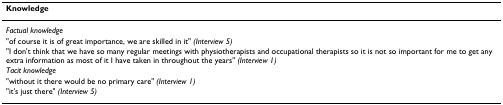
| Knowledge |
 | --- |
 | Factual knowledge |
 | "of course it is of great importance, we are skilled in it" (Interview 5) |
 | "I don't think that we have so many regular meetings with physiotherapists and occupational therapists so it is not so important for me to get any extra information as most of it I have taken in throughout the years" (Interview 1) |
 | Tacit knowledge |
 | "without it there would be no primary care" (Interview 1) |
 | "it's just there" (Interview 5) |